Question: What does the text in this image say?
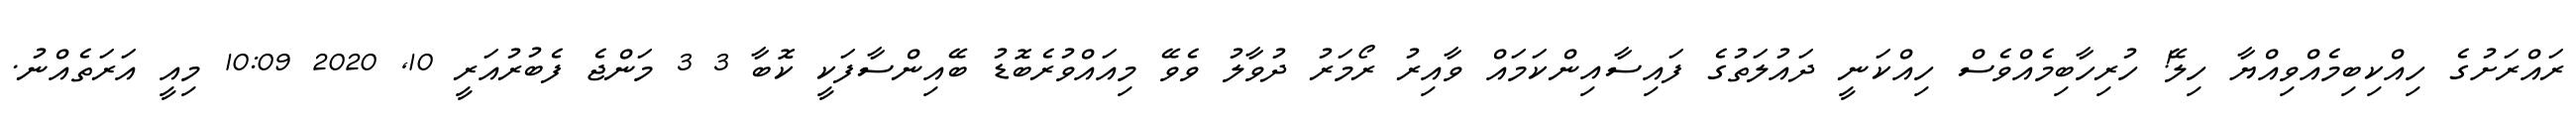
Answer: ރައްރަށުގެ ހިއްކިބިމެއްވިއްޔާ ހިލޭ! ހުރިހާބިމެއްވެސް ހިއްކަނީ ދައުލަތުގެ ފައިސާއިންކަމައް ވާއިރު ރޯމަރު ދުވާލު ވެވޭ މިއައްވުރެބޮޑު ބޭއިންސާފަކީ ކޮބާ 3 3 މަންޖެ ފެބުރުއަރީ 10, 2020 10:09 މިއީ އަރަތެއްނު.